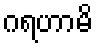
ဂရဟာမိ